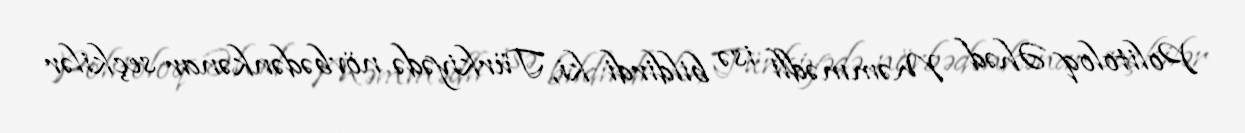
Politoloq Əhəd Məmmədli isə bildirdi ki, Türkiyədə növbədənkənar seçkilər